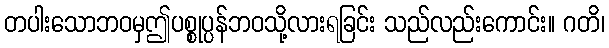
တပါးသောဘဝမှဤပစ္စုပ္ပန်ဘဝသို့လားရခြင်း သည်လည်းကောင်း။ ဂတိ၊